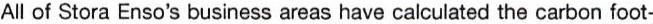
All of Stora Enso's business areas have calculated the carbon foot-